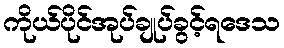
ကိုယ်ပိုင်အုပ်ချုပ်ခွင့်ရဒေသ